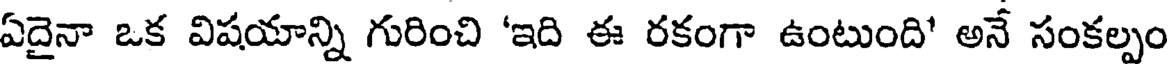
ఏదైనా ఒక విషయాన్ని గురించి 'ఇది ఈ రకంగా ఉంటుంది' అనే సంకల్పం